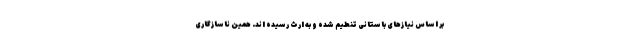
بر اساس نیازهای باستانی تنطیم شده و به ارث رسیده اند. همین ناسازگاری